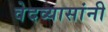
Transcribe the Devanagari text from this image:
वेदव्यासांनी